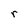
Character: r